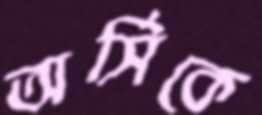
অর্সিকে